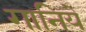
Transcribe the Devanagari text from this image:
गानिये